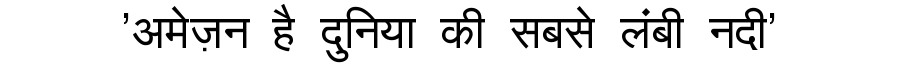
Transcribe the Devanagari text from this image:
'अमेज़न है दुनिया की सबसे लंबी नदी'